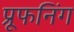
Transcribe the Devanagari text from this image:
प्रूफनिंग